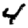
Digit: 4